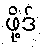
ဖို့ဒ်